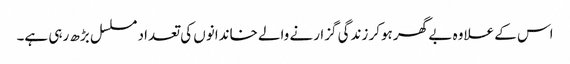
اس کے علاوہ بے گھر ہوکر زندگی گزارنے والے خاندانوں کی تعداد مسلسل بڑھ رہی ہے۔